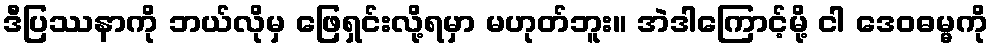
ဒီပြဿနာကို ဘယ်လိုမှ ဖြေရှင်းလို့ရမှာ မဟုတ်ဘူး။ အဲဒါကြောင့်မို့ ငါ ဒေဝဓမ္မကို